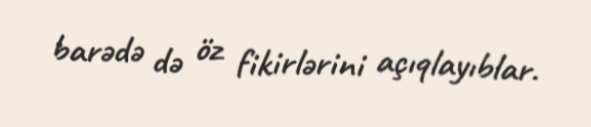
barədə də öz fikirlərini açıqlayıblar.